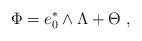
LaTeX: \begin{align*}\Phi = e_0^* \wedge \Lambda + \Theta~,\end{align*}